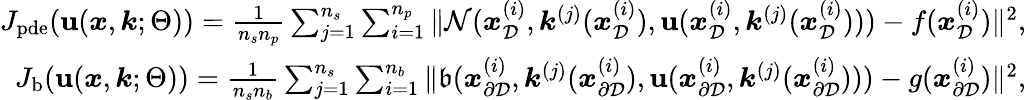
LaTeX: \begin{array}{r}{J_{\mathrm{pde}}(\textbf{u}(\boldsymbol{x},\boldsymbol{k};\Theta))=\frac{1}{n_{s}n_{p}}\sum_{j=1}^{n_{s}}\sum_{i=1}^{n_{p}}\| \mathcal{N}(\boldsymbol{x}_{\mathcal{D}}^{(i)},\boldsymbol{k}^{(j)}(\boldsymbol{x}_{\mathcal{D}}^{(i)}),\textbf{u}(\boldsymbol{x}_{\mathcal{D}}^{(i)},\boldsymbol{k}^{(j)}(\boldsymbol{x}_{\mathcal{D}}^{(i)})))-f(\boldsymbol{x}_{\mathcal{D}}^{(i)})\| ^{2},}\\ {J_{\mathrm{b}}(\textbf{u}(\boldsymbol{x},\boldsymbol{k};\Theta))=\frac{1}{n_{s}n_{b}}\sum_{j=1}^{n_{s}}\sum_{i=1}^{n_{b}}\| \mathfrak{b}(\boldsymbol{x}_{\partial\mathcal{D}}^{(i)},\boldsymbol{k}^{(j)}(\boldsymbol{x}_{\partial\mathcal{D}}^{(i)}),\textbf{u}(\boldsymbol{x}_{\partial\mathcal{D}}^{(i)},\boldsymbol{k}^{(j)}(\boldsymbol{x}_{\partial\mathcal{D}}^{(i)})))-g(\boldsymbol{x}_{\partial\mathcal{D}}^{(i)})\| ^{2},}\end{array}